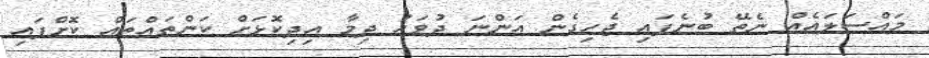
މައްސަލައެއް ނެތޭ ބުނެފައި ޖެހިގެން އަންނަ ދުވަހު ދިމާ އިދިކޮޅަށް ކަންތައްތައް ކޮށްފައި